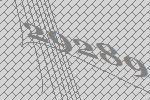
29289